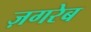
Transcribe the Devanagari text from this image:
ज़गरेब